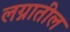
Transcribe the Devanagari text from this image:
लग्नातील